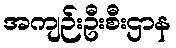
အကျဉ်းဦးစီးဌာန